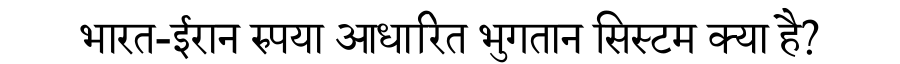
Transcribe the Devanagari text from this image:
भारत-ईरान रुपया आधारित भुगतान सिस्टम क्या है?